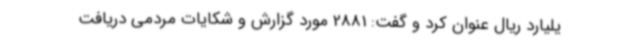
یلیارد ریال عنوان کرد و گفت: 2881 مورد گزارش و شکایات مردمی دریافت